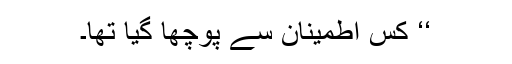
‘‘ کس اطمینان سے پوچھا گیا تھا۔